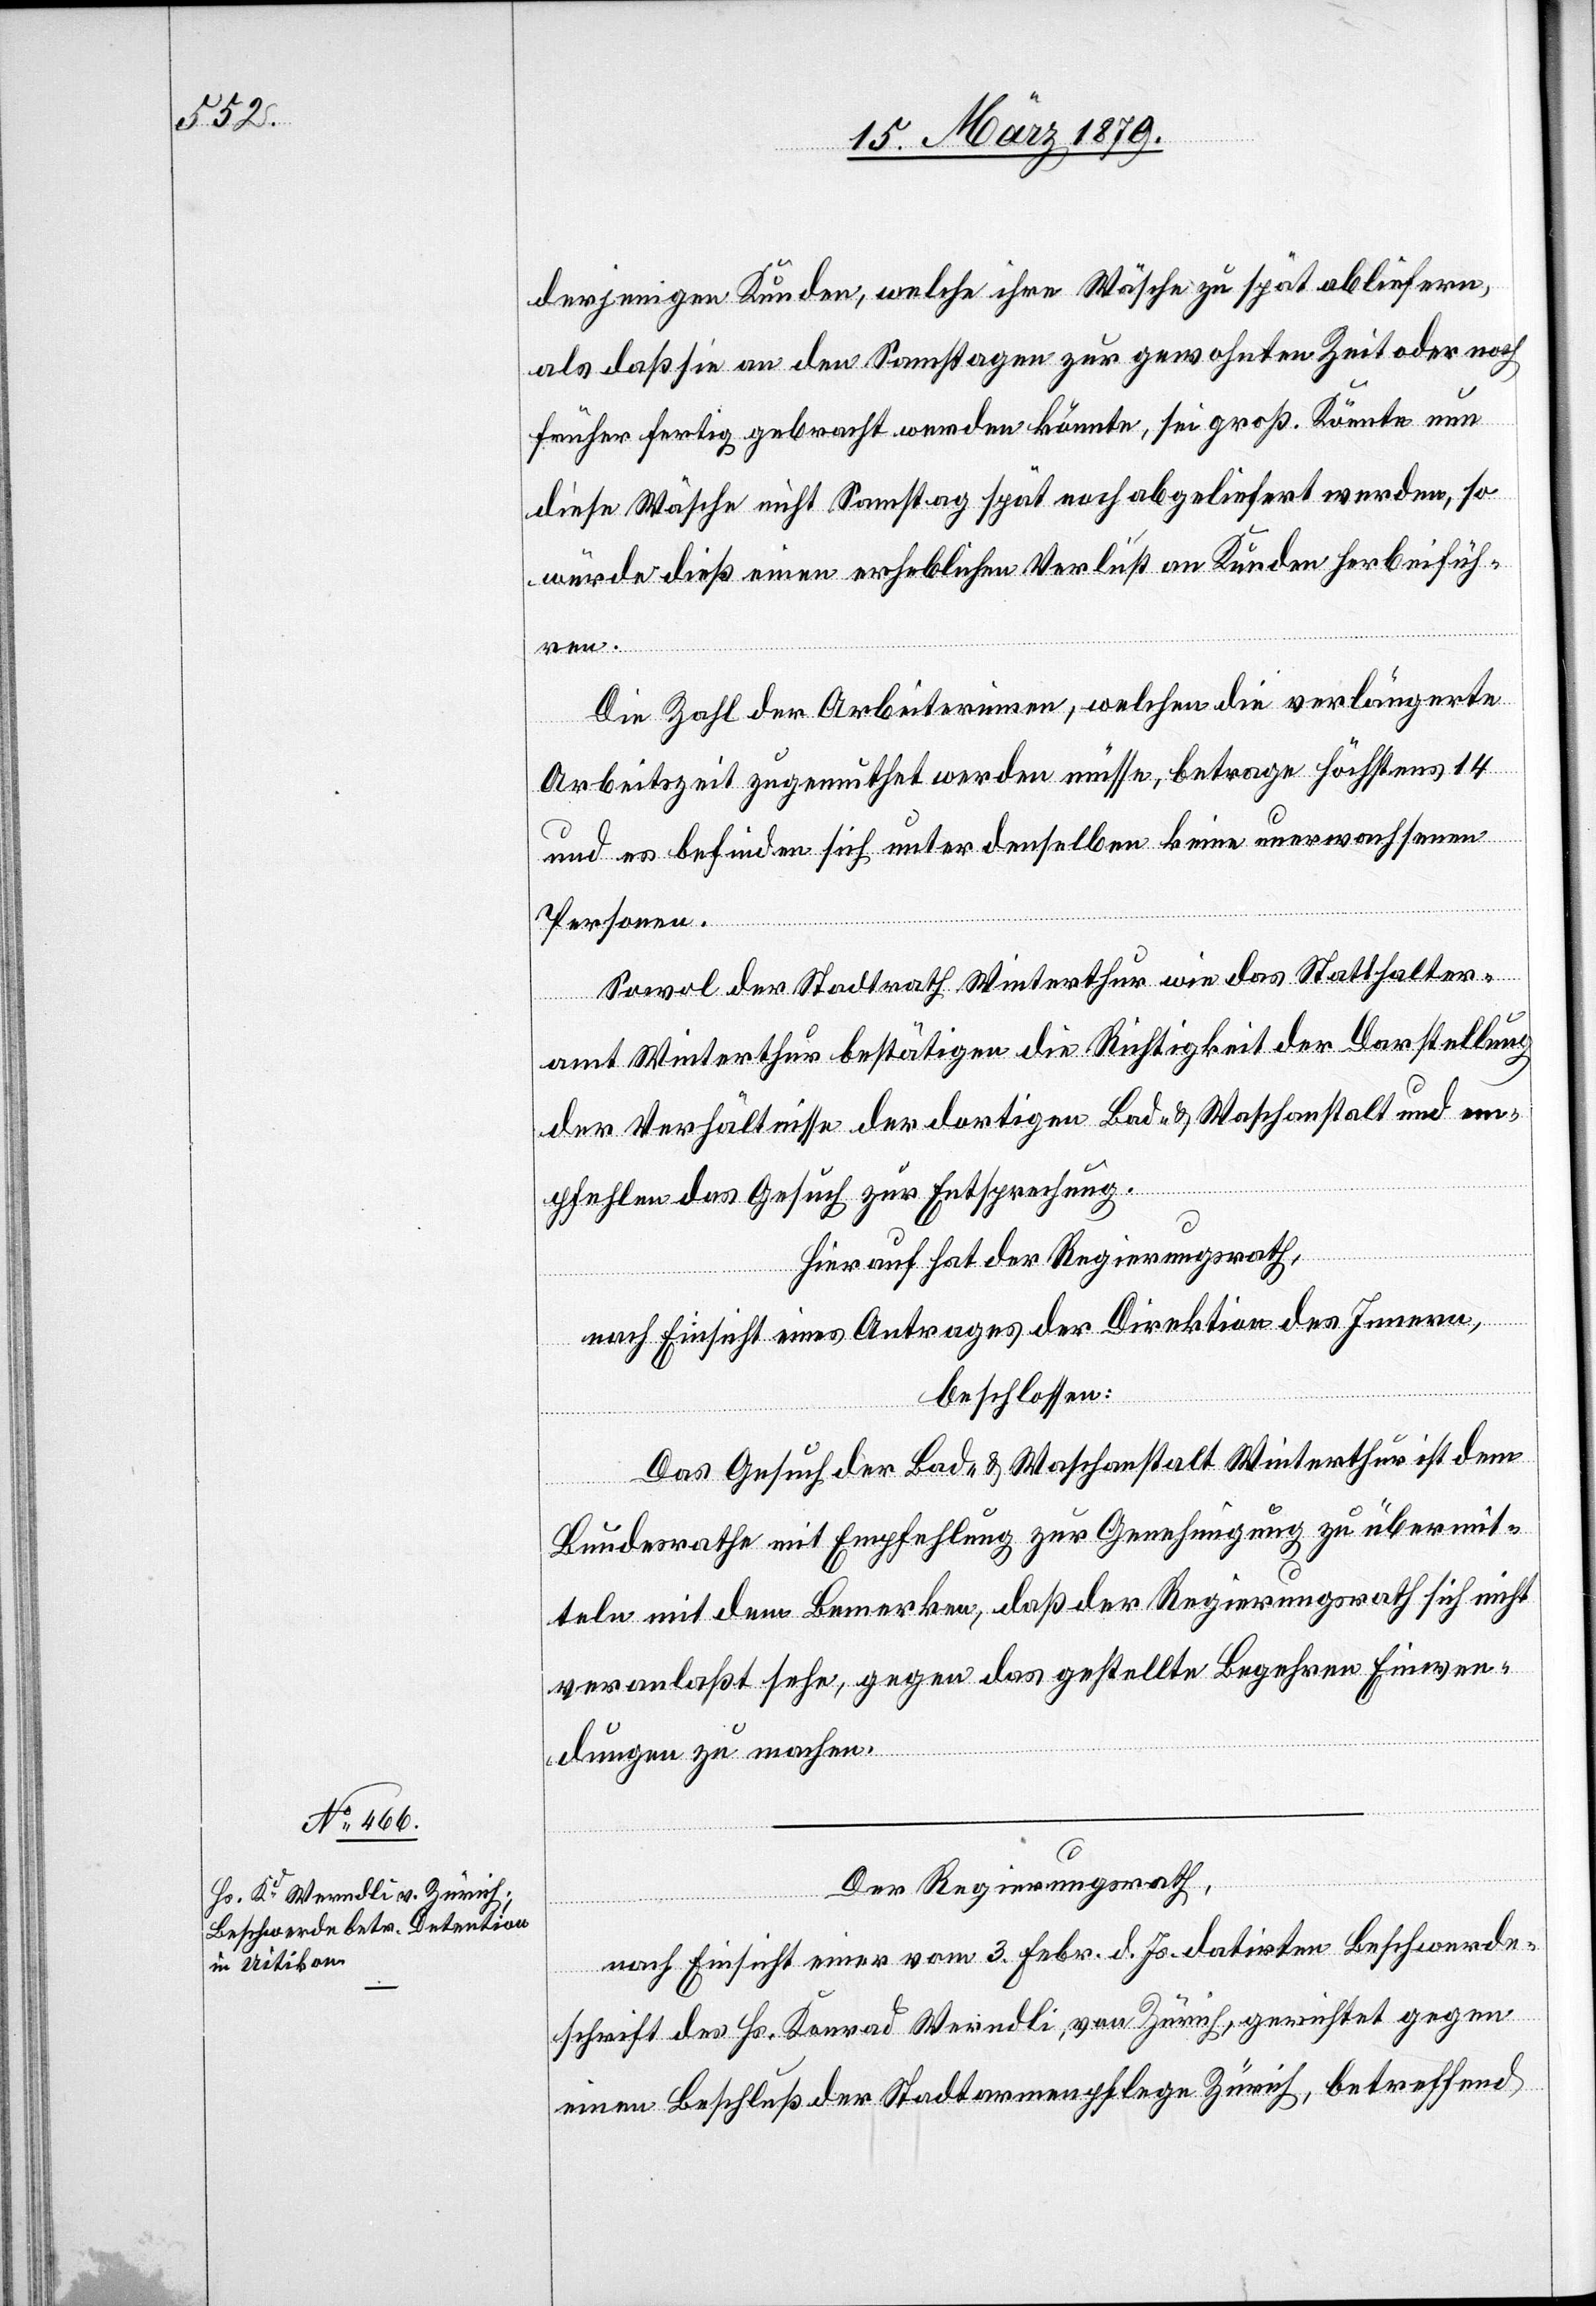
derjenigen Kunden, welche ihre Wäsche zu spät abliefern,
als daß sie an den Samstagen zur gewohnten Zeit oder noch
früher fertig gebracht werden könnte, sei groß. Könnte nun
diese Wäsche nicht Samstag spät noch abgeliefert werden, so
würde dieß einen erheblichen Verlust an Kunden herbeifüh¬
ren.
Die Zahl der Arbeiterinnen, welchen die verlängerte
Arbeitszeit zugemuthet werden müsse, betrage höchstens 14
und es befinden sich unter denselben keine unerwachsenen
Personen.
Sowol der Stadtrath Winterthur wie das Statthalter¬
amt Winterthur bestätigen die Richtigkeit der Darstellung
der Verhältnisse der dortigen Bad- & Waschanstalt und em¬
pfehlen das Gesuch zur Entsprechung.
Hierauf hat der Regierungsrath,
nach Einsicht eines Antrages der Direktion des Innern,
beschlossen:
Das Gesuch der Bad- & Waschanstalt Winterthur ist dem
Bundesrathe mit Empfehlung zur Genehmigung zu übermit¬
teln mit dem Bemerken, daß der Regierungsrath sich nicht
veranlaßt sehe, gegen das gestellte Begehren Einwen¬
dungen zu machen.
Der Regierungsrath,
nach Einsicht einer vom 3. Febr. d. Js. datirten Beschwerde¬
schrift des Hs. Konrad Werndli, von Zürich, gerichtet gegen
einen Beschluß der Stadtarmenpflege Zürich, betreffend